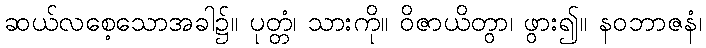
ဆယ်လစေ့သောအခါ၌။ ပုတ္တံ၊ သားကို။ ဝိဇာယိတွာ၊ ဖွား၍။ နဝဘာဇနံ၊